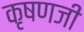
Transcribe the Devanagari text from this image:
कृषणजी